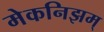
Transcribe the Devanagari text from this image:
मेकनिझम्